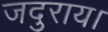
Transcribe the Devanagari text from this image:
जदुराय।